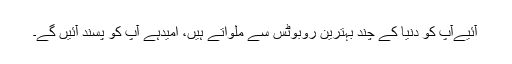
آئیےآپ کو دنیا کے چند بہترین روبوٹس سے ملواتے ہیں، امیدہے آپ کو پسند آئیں گے۔